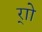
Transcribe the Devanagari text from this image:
र्‍ाो